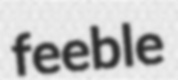
feeble